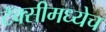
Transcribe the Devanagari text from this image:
टॅक्सीमध्येच